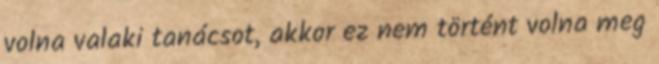
volna valaki tanácsot, akkor ez nem történt volna meg